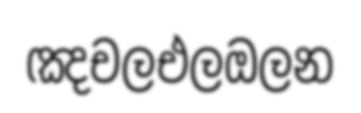
ඤචලඑලඔලන